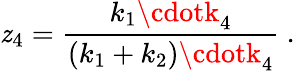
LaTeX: \mathit{z}_{4}=\frac{{k_{1}\cdotk_{4}}}{{(k_{1}+k_{2})\cdotk_{4}}}\ .